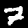
Label: 7